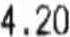
4.20